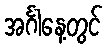
အင်္ဂါနေ့တွင်